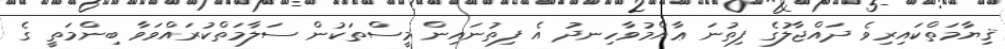
ޤިޔާމަތްކައިރިވެ ދައްޖާލުގެ ފިތުނަ ޢާއްމުވާހިނދު އެ ފިތުނައިން މީސްތަކުން ސަލާމަތްކުރައްވަވާ ބިންމަތީ ގެ